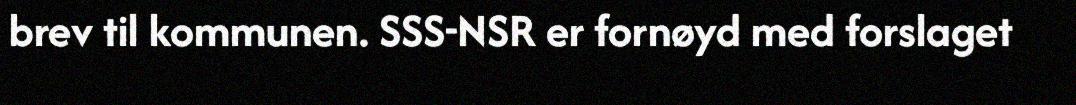
brev til kommunen. SSS-NSR er fornøyd med forslaget